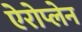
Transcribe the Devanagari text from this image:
ऐरोप्लेन